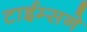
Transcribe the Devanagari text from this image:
टाईम्सने